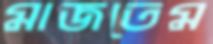
মাজতেম